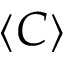
\langle C \rangle